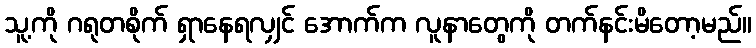
သူ့ကို ဂရုတစိုက် ရှာနေရလျှင် အောက်က လူနာတွေကို တက်နင်းမိတော့မည်။